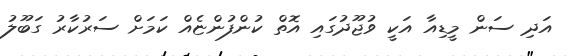
އަދި ސަން މީޑިއާ އަކީ ވުޖޫދުގައި އޮތް ކުންފުންޏެއް ކަމަށް ސަރުކާރު ގަބޫލު